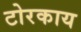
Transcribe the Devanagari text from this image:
टोरकाय